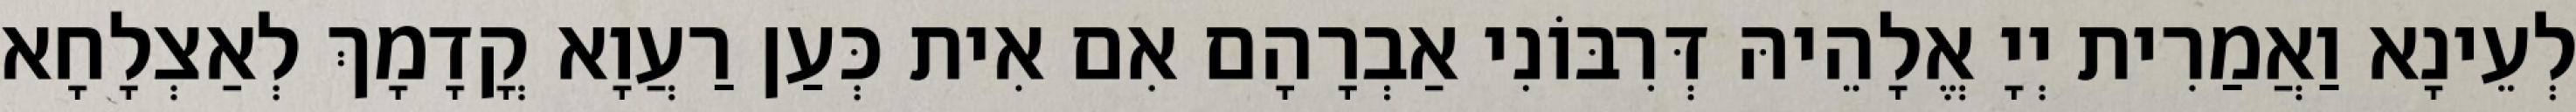
לְעֵינָא וַאֲמַרִית יְיָ אֱלָהֵיהּ דְּרִבּוֹנִי אַבְרָהָם אִם אִית כְּעַן רַעֲוָא קֳדָמָךְ לְאַצְלָחָא